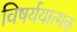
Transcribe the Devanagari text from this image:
विषर्ययात्मक